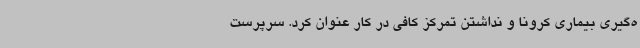
ه‌گیری بیماری کرونا و نداشتن تمرکز کافی در کار عنوان کرد. سرپرست